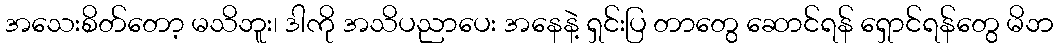
အသေးစိတ်တော့ မသိဘူး၊ ဒါကို အသိပညာပေး အနေနဲ့ ရှင်းပြ တာတွေ ဆောင်ရန် ရှောင်ရန်တွေ မိဘ